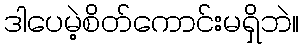
ဒါပေမဲ့စိတ်ကောင်းမရှိဘဲ။